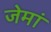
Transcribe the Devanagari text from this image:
जेमां